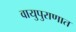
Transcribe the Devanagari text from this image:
वायुपुराणात